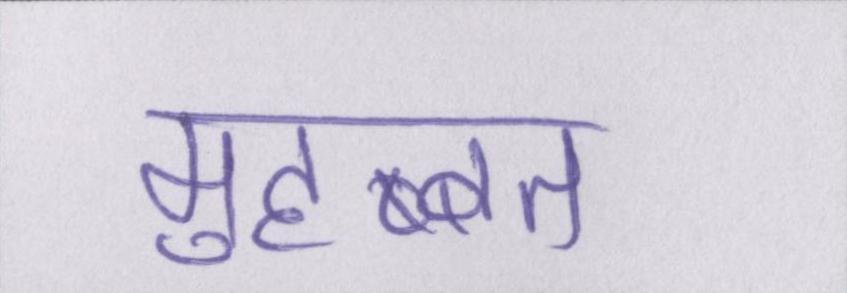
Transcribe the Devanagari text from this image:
मुहब्बत